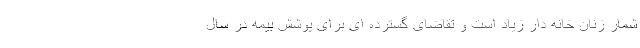
شمار زنان خانه دار زیاد است و تقاضای گسترده ای برای پوشش بیمه در سال